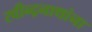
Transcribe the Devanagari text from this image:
रवीन्द्रनाथांना